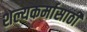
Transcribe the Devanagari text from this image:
शल्यकर्मासाठी